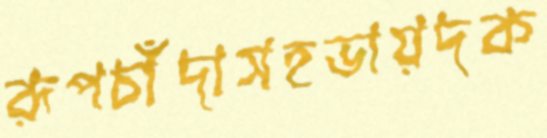
রূপচাঁদাসহভায়দক